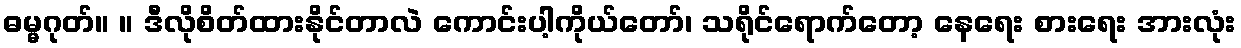
ဓမ္မဂုတ်။ ။ ဒီလိုစိတ်ထားနိုင်တာလဲ ကောင်းပါ့ကိုယ်တော်၊ သရိုင်ရောက်တော့ နေရေး စားရေး အားလုံး